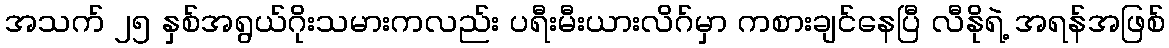
အသက် ၂၅ နှစ်အရွယ်ဂိုးသမားကလည်း ပရီးမီးယားလိဂ်မှာ ကစားချင်နေပြီ လီနိုရဲ့ အရန်အဖြစ်